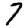
Digit: 7